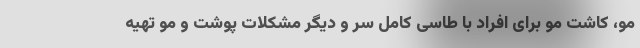
مو، کاشت مو برای افراد با طاسی کامل سر و دیگر مشکلات پوشت و مو تهیه